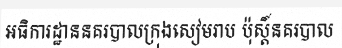
អធិការដ្ឋាននគរបាលក្រុងសៀមរាប ប៉ុស្តិ៍នគរបាល